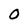
Character: O